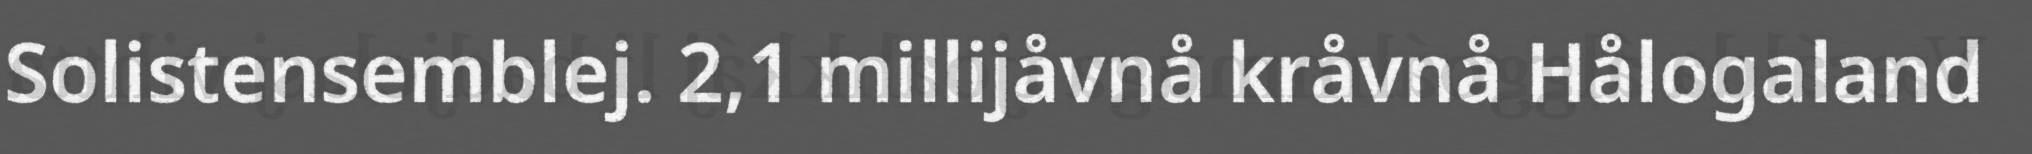
Solistensemblej. 2,1 millijåvnå kråvnå Hålogaland